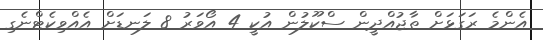
އެންމެ ރަގަޅަށް ތާޖުއްދީން ސްކޫލުން އުކީ 4 އޯވަރު 8 ލަނޑަށް އެއްވިކެޓްނެގި